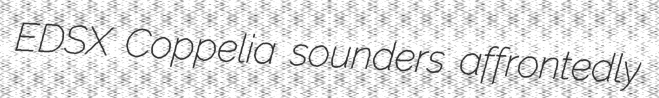
EDSX Coppelia sounders affrontedly